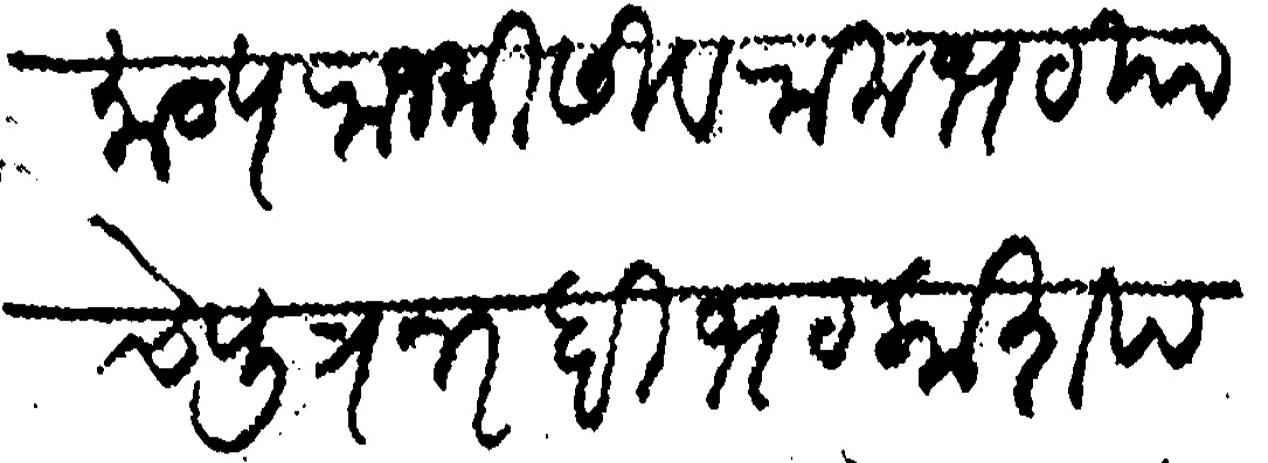
Transliteration (Devanagari): राजमान्य राजश्री सीवरामभट याचे पुत्र नरहरीभट काशप